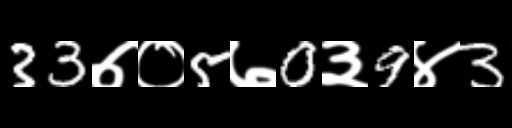
Text: 33७०5७0३9४3